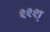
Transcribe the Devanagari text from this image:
श्श्श्